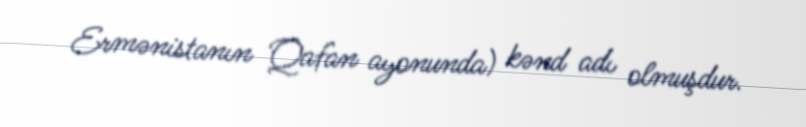
Ermənistanın Qafan ayonunda) kənd adı olmuşdur.